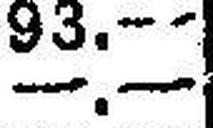
—.—